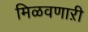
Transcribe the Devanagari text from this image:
मिळवणाऱी